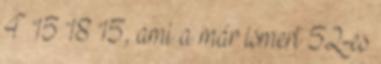
4 15 18 15, ami a már ismert 52-es